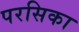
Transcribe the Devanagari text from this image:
परसिका